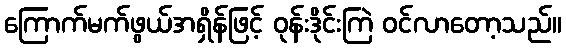
ကြောက်မက်ဖွယ်အရှိန်ဖြင့် ဝုန်းဒိုင်းကြဲ ဝင်လာတော့သည်။